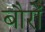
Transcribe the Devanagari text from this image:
बौरों